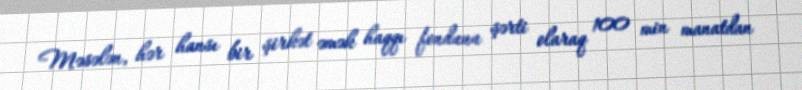
Məsələn, hər hansı bir şirkət əmək haqqı fondunu şərti olaraq 100 min manatdan